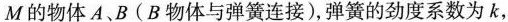
M的物体A、B(B物体与弹簧连接)，弹簧的劲度系数为k，